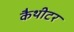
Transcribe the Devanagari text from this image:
कैथीटर